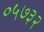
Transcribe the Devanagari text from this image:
०५७३२